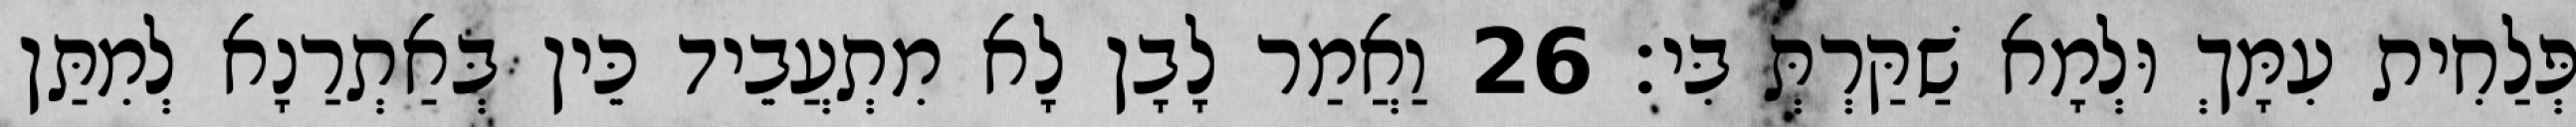
פְּלַחִית עִמָּךְ וּלְמָא שַׁקַּרְתְּ בִּי׃ 26 וַאֲמַר לָבָן לָא מִתְעֲבֵיד כֵּין בְּאַתְרַנָא לְמִתַּן